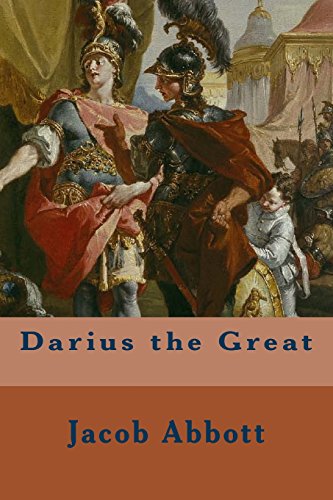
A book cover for Darius the Great; Jacob Abbott; Biographies & Memoirs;